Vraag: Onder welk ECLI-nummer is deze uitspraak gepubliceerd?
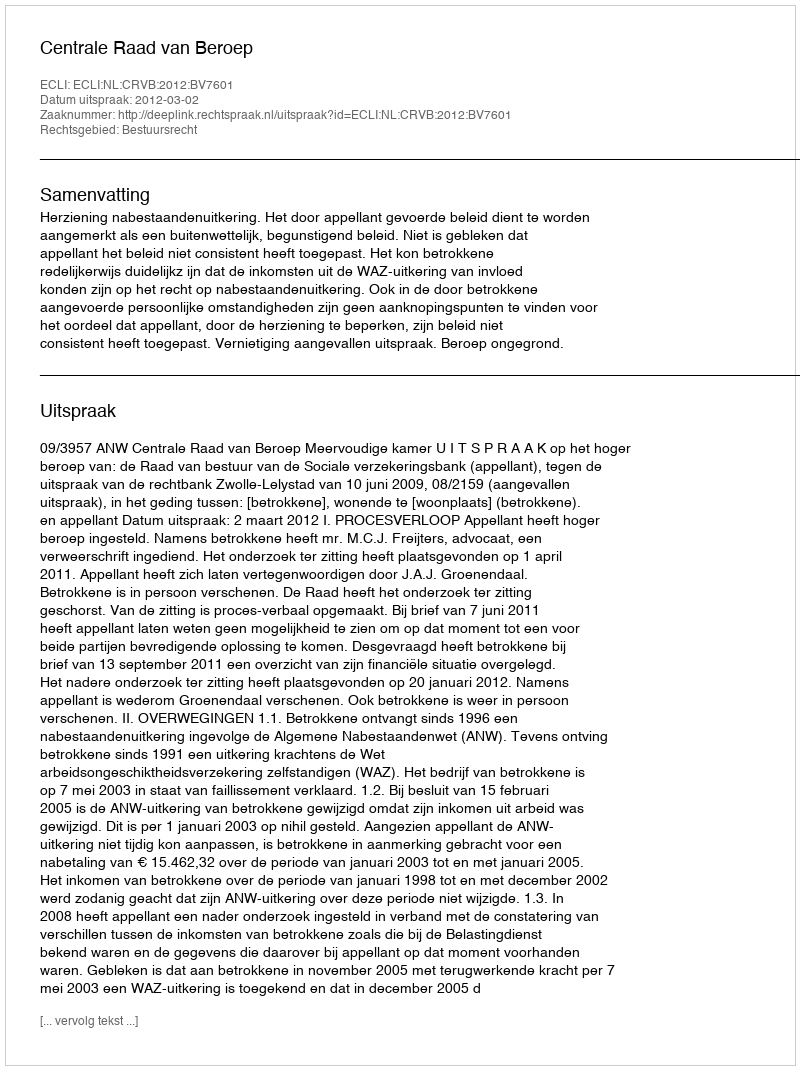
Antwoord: ECLI:NL:CRVB:2012:BV7601